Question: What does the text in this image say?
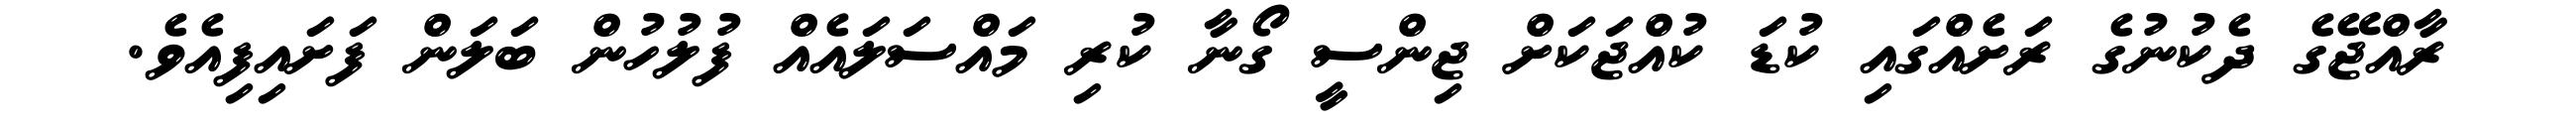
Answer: ރާއްޖޭގެ ދެކުނުގެ ރަށެއްގައި ކުޑަ ކުއްޖަކަށް ޖިންސީ ގޯނާ ކުރި މައްސަލައެއް ފުލުހުން ބަލަން ފަށައިފިއެވެ.